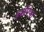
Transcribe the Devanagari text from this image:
इथोपियन